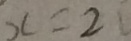
x = 2